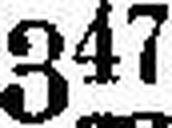
3«